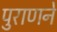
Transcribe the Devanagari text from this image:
पुराणने